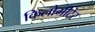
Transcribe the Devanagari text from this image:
किलोमीटेर